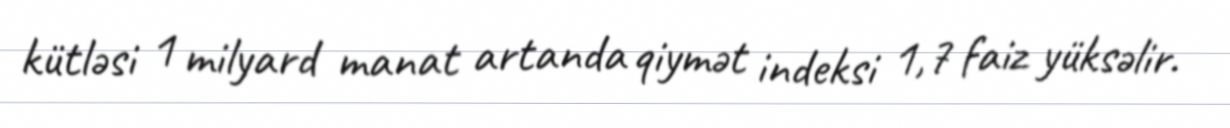
kütləsi 1 milyard manat artanda qiymət indeksi 1,7 faiz yüksəlir.